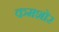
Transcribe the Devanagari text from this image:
कमशोर